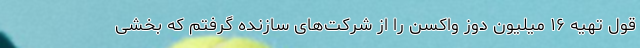
قول تهیه‌ ۱۶ میلیون دوز واکسن را از شرکت‌های سازنده گرفتم که بخشی